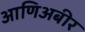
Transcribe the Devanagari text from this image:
आणिअबीर